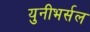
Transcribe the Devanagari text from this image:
युनीभर्सल